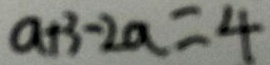
a + 3 - 2 a = 4